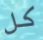
كل